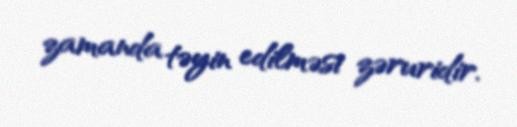
zamanda təyin edilməsi zəruridir.